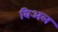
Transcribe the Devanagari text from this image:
बिअल